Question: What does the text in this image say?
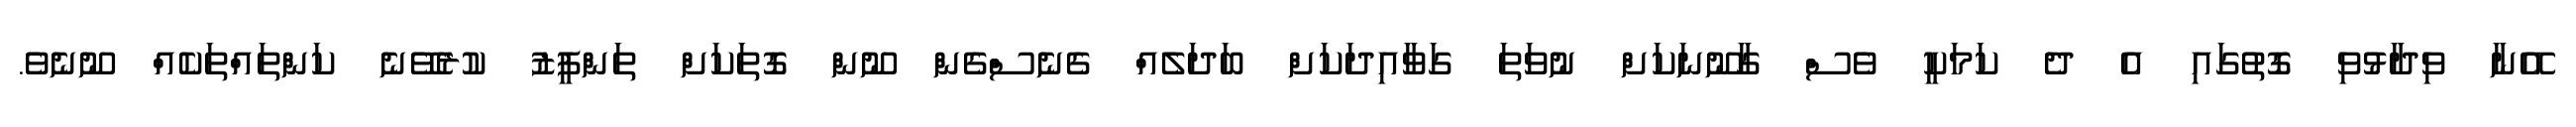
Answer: އޭނާ ވިދާޅުވި ގޮތުގައި އެ ދެ ކަމަކީ ވެސް ގާނޫނަކަށް ނުވަތަ ގަވާއިދަކަށް ބަދަލެއް ގެނެސްގެން ނޫން ގޮތަކަށް ތަންފީޒު ކުރެވޭނެ ކަންތައްތަކެއް ނޫނެވެ.